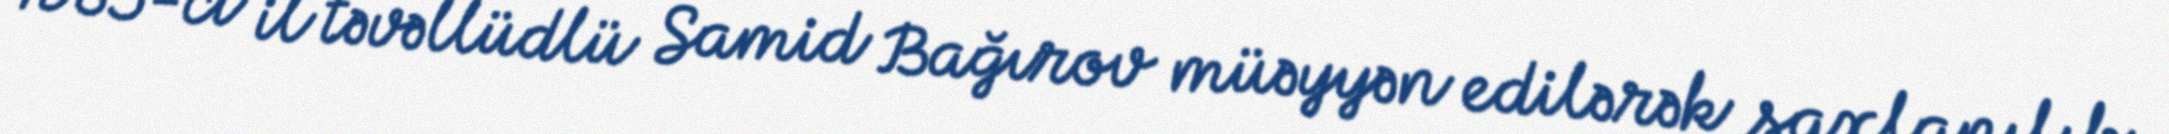
1985-ci il təvəllüdlü Samid Bağırov müəyyən edilərək saxlanılıb.